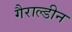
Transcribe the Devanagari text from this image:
गैराल्डीन